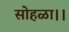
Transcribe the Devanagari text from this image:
सोहळा।।